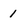
Character: 1